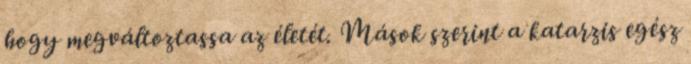
hogy megváltoztassa az életét. Mások szerint a katarzis egész